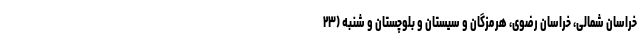
خراسان شمالی، خراسان رضوی، هرمزگان و سیستان و بلوچستان و شنبه (۲۳